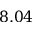
8 . 0 4